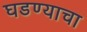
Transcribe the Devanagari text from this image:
घडण्याचा